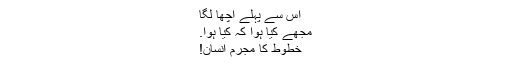
اس سے پہلے اچھا لگا
مجھے کیا ہوا کہ کیا ہوا.
خطوط کا مجرم انسان!